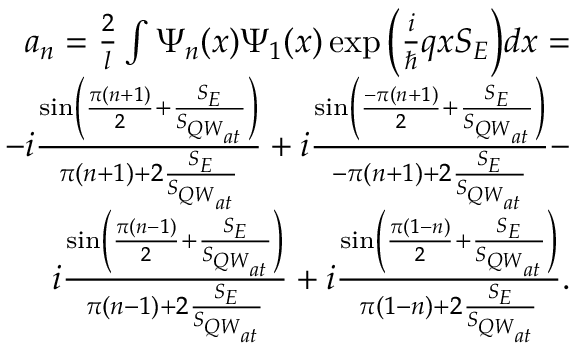
\begin{array} { r } { a _ { n } = \frac { 2 } { l } \int \Psi _ { n } ( x ) \Psi _ { 1 } ( x ) \exp { \Big ( \frac { i } { \hbar } q x S _ { E } \Big ) } d x = } \\ { - i \frac { \sin \left( \frac { \pi ( n + 1 ) } { 2 } + \frac { S _ { E } } { S _ { { Q W } _ { a t } } } \right) } { \pi ( n + 1 ) + 2 \frac { S _ { E } } { S _ { { Q W } _ { a t } } } } + i \frac { \sin \left( \frac { - \pi ( n + 1 ) } { 2 } + \frac { S _ { E } } { S _ { { Q W } _ { a t } } } \right) } { - \pi ( n + 1 ) + 2 \frac { S _ { E } } { S _ { { Q W } _ { a t } } } } - } \\ { i \frac { \sin \left( \frac { \pi ( n - 1 ) } { 2 } + \frac { S _ { E } } { S _ { { Q W } _ { a t } } } \right) } { \pi ( n - 1 ) + 2 \frac { S _ { E } } { S _ { { Q W } _ { a t } } } } + i \frac { \sin \left( \frac { \pi ( 1 - n ) } { 2 } + \frac { S _ { E } } { S _ { { Q W } _ { a t } } } \right) } { \pi ( 1 - n ) + 2 \frac { S _ { E } } { S _ { { Q W } _ { a t } } } } . } \end{array}